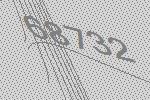
68732